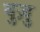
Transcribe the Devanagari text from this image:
वुज़ु